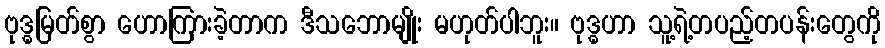
ဗုဒ္ဓမြတ်စွာ ဟောကြားခဲ့တာက ဒီသဘောမျိုး မဟုတ်ပါဘူး။ ဗုဒ္ဓဟာ သူ့ရဲ့တပည့်တပန်းတွေကို